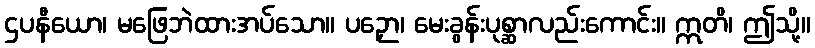
ဌပနီယော၊ မဖြေဘဲထားအပ်သော။ ပဉှော၊ မေးခွန်းပုစ္ဆာလည်းကောင်း။ ဣတိ၊ ဤသို့။